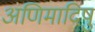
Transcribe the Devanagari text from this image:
अणिमादिषु